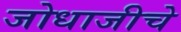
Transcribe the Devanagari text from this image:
जोधाजीचे